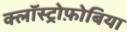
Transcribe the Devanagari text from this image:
क्लॉस्ट्रोफ़ोबिया